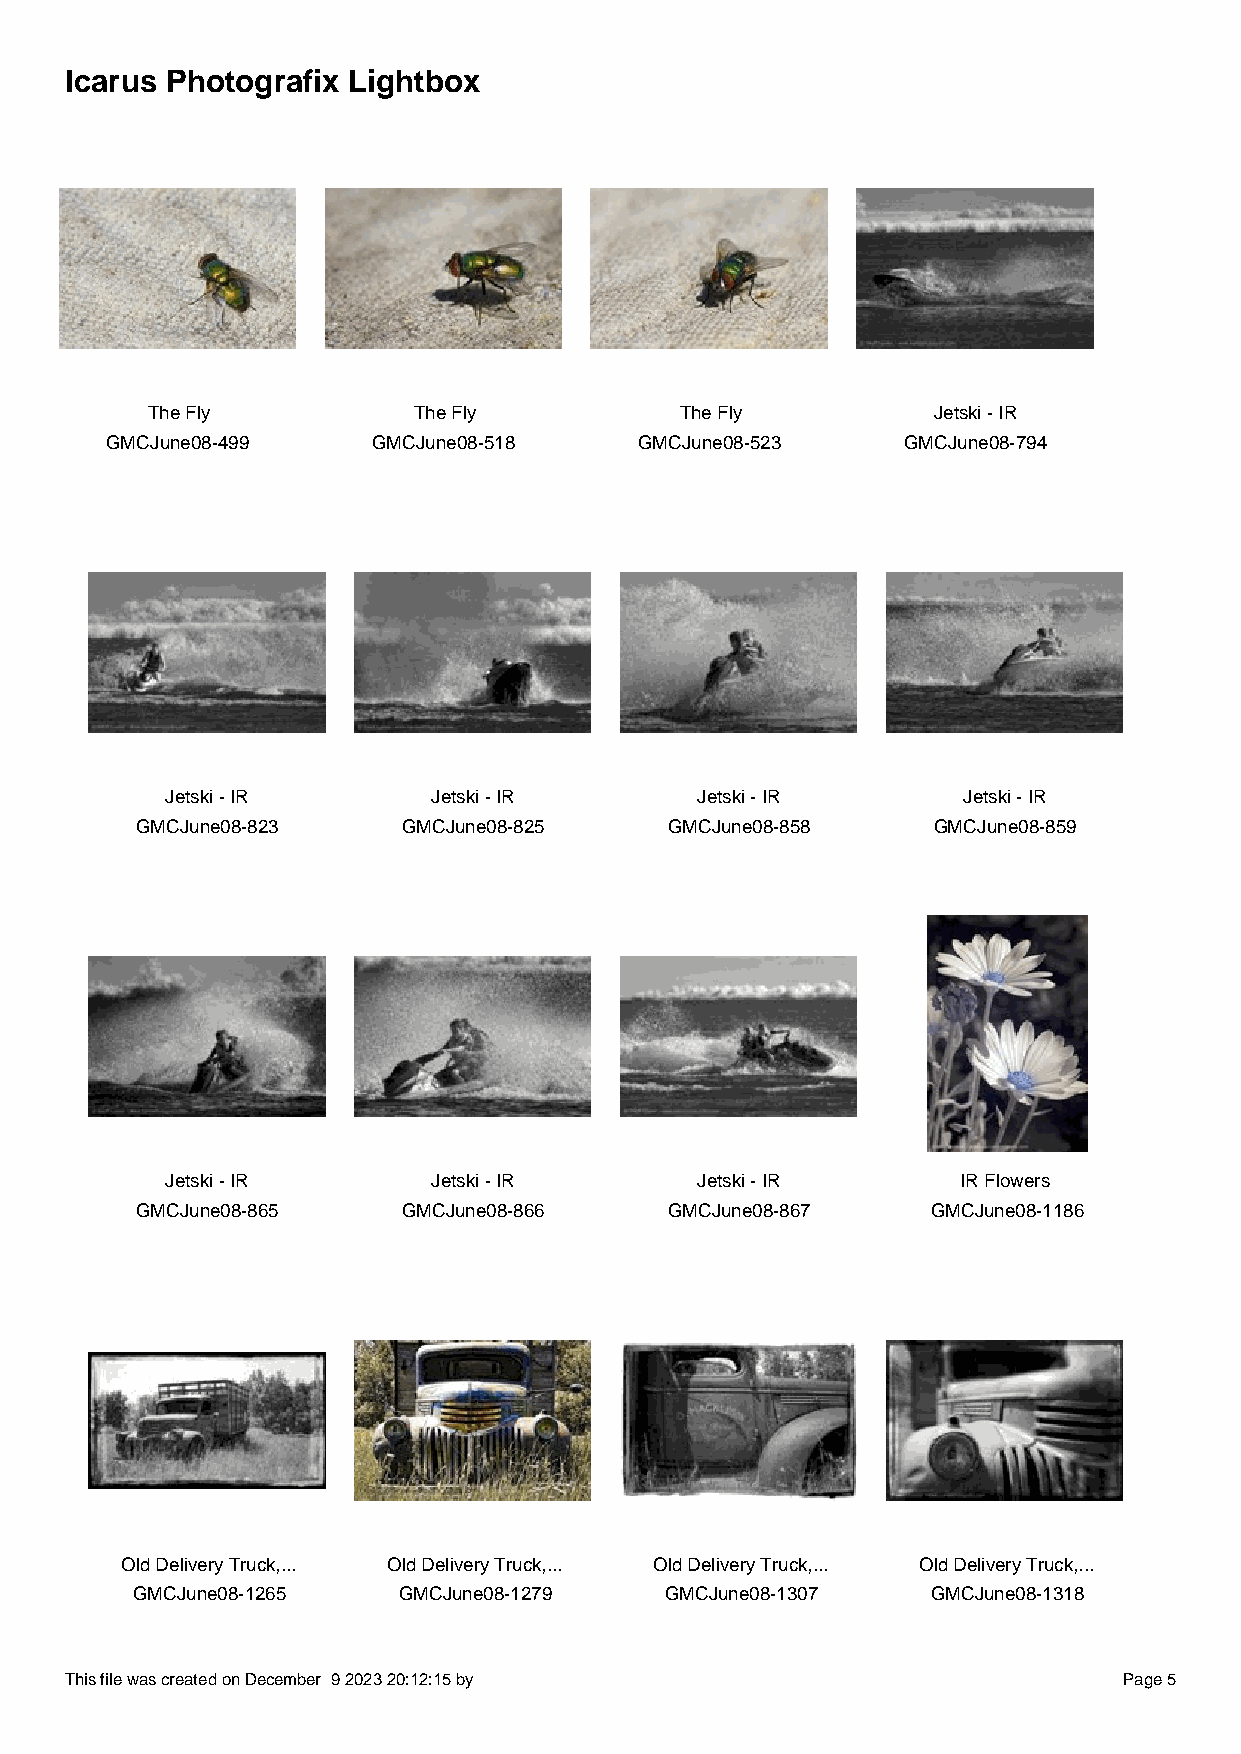
Icarus Photografix Lightbox
 The Fly          The Fly           The Fly          Jetski - IR
 GMCJune08-499     GMCJune08-518    GMCJune08-523     GMCJune08-794
 Jetski - IR       Jetski - IR      Jetski - IR       Jetski - IR
 GMCJune08-823     GMCJune08-825    GMCJune08-858     GMCJune08-859
 Jetski - IR       Jetski - IR      Jetski - IR       IR Flowers
 GMCJune08-865     GMCJune08-866    GMCJune08-867     GMCJune08-1186
 Old Delivery Truck,... Old Delivery Truck,... Old Delivery Truck,... Old Delivery Truck,...
 GMCJune08-1265   GMCJune08-1279    GMCJune08-1307    GMCJune08-1318
 This file was created on December 9 2023 20:12:15 by                  Page 5